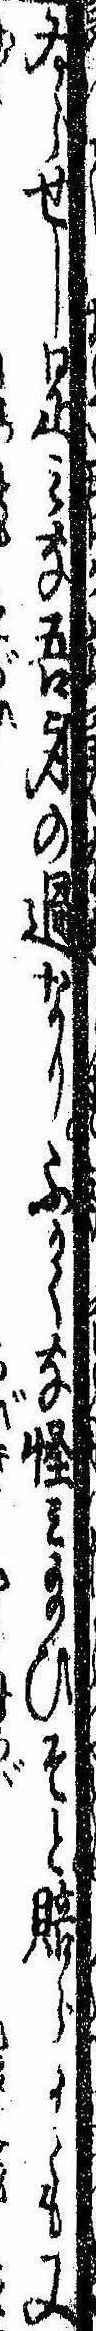
ゐらせし是みな吾身の過なりふかくな怪み給ひそと賠らるゝも又